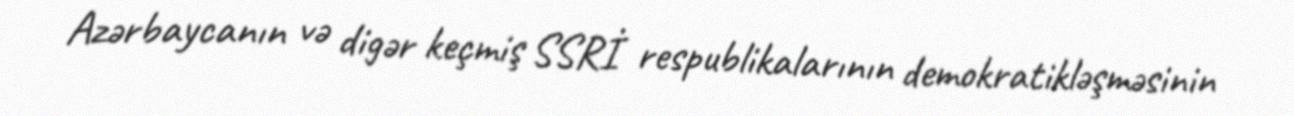
Azərbaycanın və digər keçmiş SSRİ respublikalarının demokratikləşməsinin